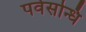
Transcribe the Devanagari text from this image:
पर्वसन्धि